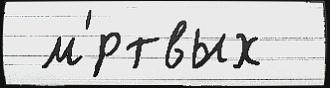
 м'́ртвых